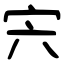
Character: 宍